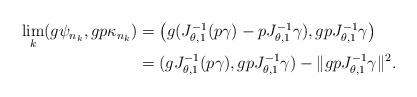
LaTeX: \begin{align*}\begin{aligned} \lim_k(g\psi_{n_k},gp\kappa_{n_k})&=\bigl(g(J_{\theta,1}^{-1}(p\gamma)-pJ_{\theta,1}^{-1}\gamma),gpJ_{\theta,1}^{-1}\gamma\bigr) \\& =(gJ_{\theta,1}^{-1}(p\gamma),gpJ_{\theta,1}^{-1}\gamma)-\|gpJ_{\theta,1}^{-1}\gamma\|^2. \end{aligned}\end{align*}